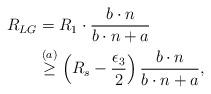
LaTeX: \begin{align*}R_{LG}&= R_1 \cdot \frac{b \cdot n }{b \cdot n + a} \\&\stackrel{(a)}{\geq}\left( R_s - \frac{\epsilon_3}{2} \right)\frac{b \cdot n }{b \cdot n + a},\end{align*}